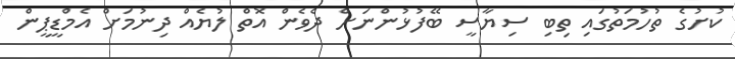
ކުށުގެ ތުހުމަތުގައި ތިބި ސިޔާސީ ބޭފުޅުންނަށް ދެވެން އޮތް ލުޔެއް ދިނުމަށް އެމްޑީޕީން